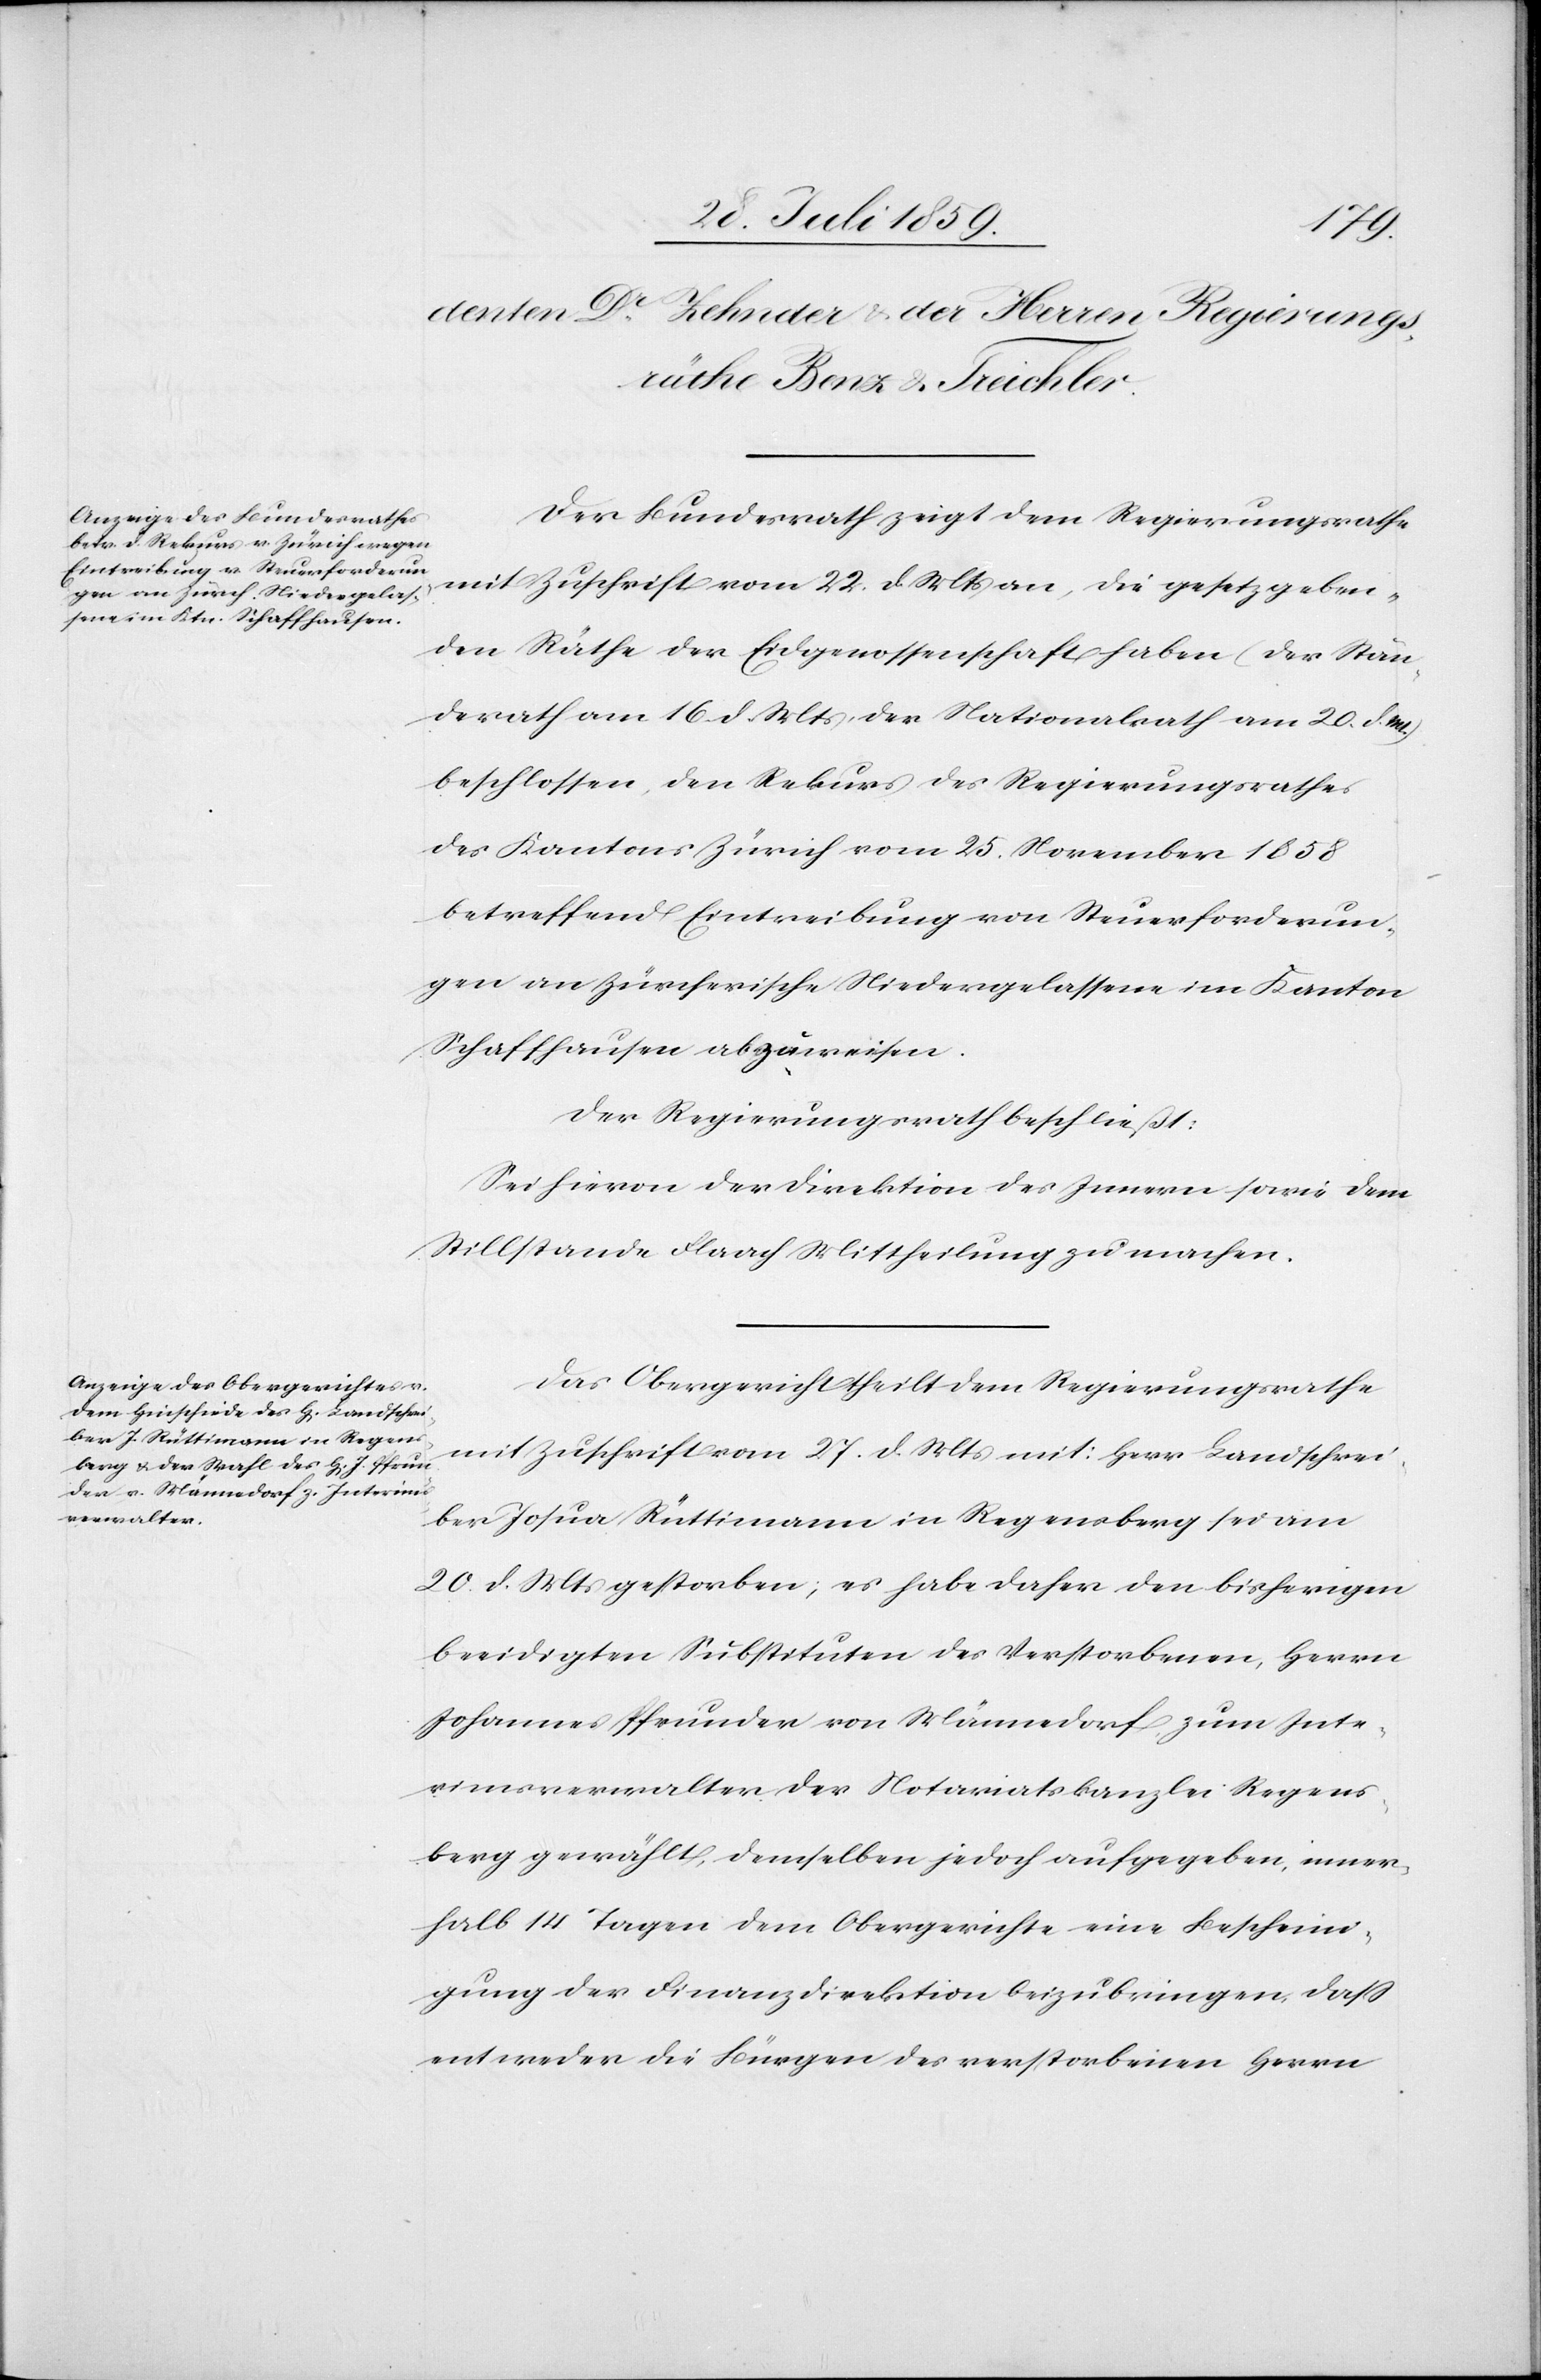
Mts.)
Der Bundesrath zeigt dem Regierungsrathe
mit Zuschrift vom 22. d. Mts. an, die gesetzgeben¬
den Räthe der Eidgenossenschaft haben (der Stän¬
derath am 16. d. Mts., der Nationalrath am 20. d.
beschlossen, den Rekurs des Regierungsrathes
des Kantons Zürich vom 25. November 1858
betreffend Eintreibung von Steuerforderun¬
gen an zürcherische Niedergelassene im Kanton
Schaffhausen abzuweisen.
Der Regierungsrath beschließt:
Sei hievon der Direktion des Innern sowie dem
Stillstande Flaach Mittheilung zu machen.
Das Obergericht theilt dem Regierungsrathe
mit Zuschrift vom 27. d. Mts. mit: Herr Landschrei¬
ber Josua Rüttimann in Regensberg sei am
20. d. Mts. gestorben; es habe daher den bisherigen
beeidigten Substituten des Verstorbenen, Herrn
Johannes Pfrunder von Männedorf zum Inte¬
rimsverwalter der Notariatskanzlei Regens¬
berg gewählt, demselben jedoch aufgegeben, inner¬
halb 14 Tagen dem Obergerichte eine Bescheini¬
gung der Finanzdirektion beizubringen, daß
entweder die Bürgen des verstorbenen Herrn